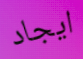
ايجاد